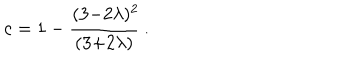
LaTeX: c = 1 - \frac { ( 3 { - } 2 \lambda ) ^ { 2 } \! } { ( 3 { + } 2 \lambda ) } ~ .